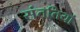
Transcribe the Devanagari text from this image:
संततियां